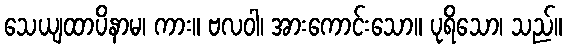
သေယျထာပိနာမ၊ ကား။ ဗလဝါ၊ အားကောင်းသော။ ပုရိသော၊ သည်။